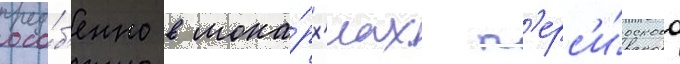
осо́б'енно в мона́рх'иах п'ерс'и́дского